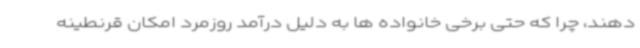
دهند، چرا که حتی برخی خانواده ها به دلیل درآمد روزمرد امکان قرنطینه